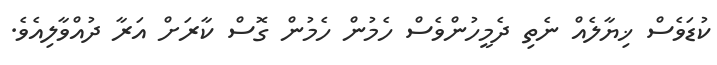
ކުޑަވެސް ޚިޔާލެއް ނެތި ދެމީހުންވެސް ހެމުން ހެމުން ގޮސް ކާރަށް އަރާ ދުއްވާލިއެވެ.